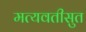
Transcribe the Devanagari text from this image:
मत्यवतीसुत